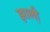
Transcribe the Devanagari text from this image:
झाली़